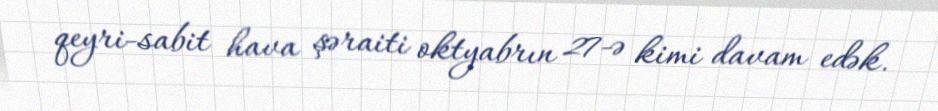
qeyri-sabit hava şəraiti oktyabrın 27-ə kimi davam edək.